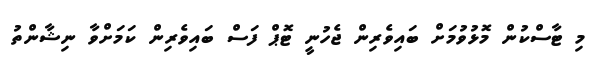
މި ޓާސްކުން މޮޅުވުމަށް ބައިވެރިން ޖެހުނީ ޓޮޕް ފަސް ބައިވެރިން ކަމަށްވާ ނިޝާންތު